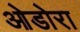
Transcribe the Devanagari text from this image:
ओडोरा